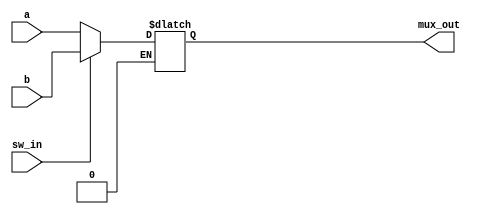
module mux_output ( sw_in, a,b,mux_out);
input sw_in;
input [11:0] a;
input [11:0] b;
output reg [11:0] mux_out;

always @ (sw_in ) begin
if (sw_in==0)
	mux_out=a;
	else if (sw_in==1)begin 
	mux_out=b;end
end	
endmodule